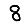
Digit: 8